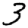
Digit: 3